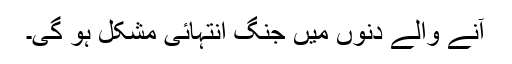
آنے والے دنوں میں جنگ انتہائی مشکل ہو گی۔